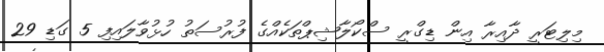
މިލިޓަރީ ދާއިރާ އިން ޑިގްރީ ސްކޯލާޝިޕްތަކެއްގެ ފުރުސަތު ހުޅުވާލައިފި 5 ގަޑި 29